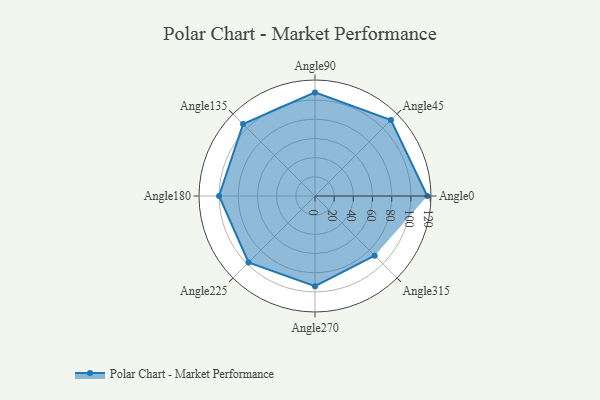
{"axis": {"x": "Angle", "y": "Radius"}, "legend": [""], "data": [{"x": "Angle0", "y": 117.0, "type": ""}, {"x": "Angle45", "y": 112.0, "type": ""}, {"x": "Angle90", "y": 108.0, "type": ""}, {"x": "Angle135", "y": 106.0, "type": ""}, {"x": "Angle180", "y": 100.0, "type": ""}, {"x": "Angle225", "y": 98.0, "type": ""}, {"x": "Angle270", "y": 94.0, "type": ""}, {"x": "Angle315", "y": 88.0, "type": ""}]}